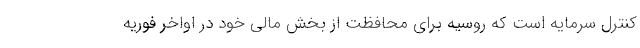
کنترل سرمایه است که روسیه برای محافظت از بخش مالی خود در اواخر فوریه